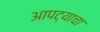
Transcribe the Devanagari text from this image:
आपट्याचा